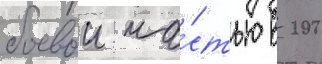
боевои ча́стью в 200